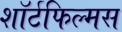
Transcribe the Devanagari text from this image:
शॉर्टफिल्मस